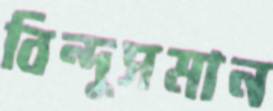
বিন্দুসমান